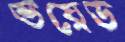
ভয়েড